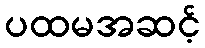
ပထမအဆင့်